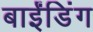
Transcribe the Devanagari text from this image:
बाईंडिंग